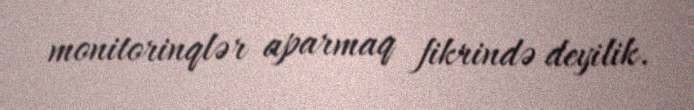
monitorinqlər aparmaq fikrində deyilik.